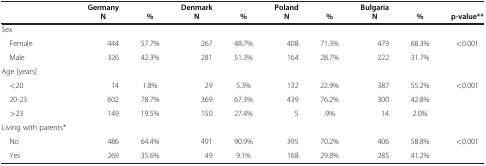
<table><thead><tr><td><b> </b></td><td><b>Germany</b></td><td><b> </b></td><td><b>Denmark</b></td><td><b> </b></td><td><b>Poland</b></td><td><b> </b></td><td><b>Bulgaria</b></td><td><b> </b></td><td><b> </b></td></tr><tr><td><b> </b></td><td><b>N</b></td><td><b>%</b></td><td><b>N</b></td><td><b>%</b></td><td><b>N</b></td><td><b>%</b></td><td><b>N</b></td><td><b>%</b></td><td><b>p-value**</b></td></tr></thead><tbody><tr><td>Sex</td><td> </td><td> </td><td> </td><td> </td><td> </td><td> </td><td> </td><td> </td><td> </td></tr><tr><td> Female</td><td>444</td><td>57.7%</td><td>267</td><td>48.7%</td><td>408</td><td>71.3%</td><td>479</td><td>68.3%</td><td>&lt;0.001</td></tr><tr><td> Male</td><td>326</td><td>42.3%</td><td>281</td><td>51.3%</td><td>164</td><td>28.7%</td><td>222</td><td>31.7%</td><td> </td></tr><tr><td>Age [years]</td><td> </td><td> </td><td> </td><td> </td><td> </td><td> </td><td> </td><td> </td><td> </td></tr><tr><td> &lt;20</td><td>14</td><td>1.8%</td><td>29</td><td>5.3%</td><td>132</td><td>22.9%</td><td>387</td><td>55.2%</td><td>&lt;0.001</td></tr><tr><td> 20-23</td><td>602</td><td>78.7%</td><td>369</td><td>67.3%</td><td>439</td><td>76.2%</td><td>300</td><td>42.8%</td><td> </td></tr><tr><td> &gt;23</td><td>149</td><td>19.5%</td><td>150</td><td>27.4%</td><td>5</td><td>.9%</td><td>14</td><td>2.0%</td><td> </td></tr><tr><td>Living with parents*</td><td> </td><td> </td><td> </td><td> </td><td> </td><td> </td><td> </td><td> </td><td> </td></tr><tr><td> No</td><td>486</td><td>64.4%</td><td>491</td><td>90.9%</td><td>395</td><td>70.2%</td><td>406</td><td>58.8%</td><td>&lt;0.001</td></tr><tr><td> Yes</td><td>269</td><td>35.6%</td><td>49</td><td>9.1%</td><td>168</td><td>29.8%</td><td>285</td><td>41.2%</td><td> </td></tr></tbody></table>